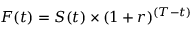
F ( t ) = S ( t ) \times ( 1 + r ) ^ { ( T - t ) }